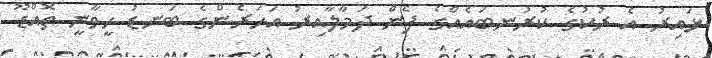
ޅައިރު އެ ރުކުގެ ކުރުނބައެއްގެ ފެން ދަމާލާއިރު އަހަރެންގެ ބަނޑު ހީވާނީ ތޮއްޑޫ